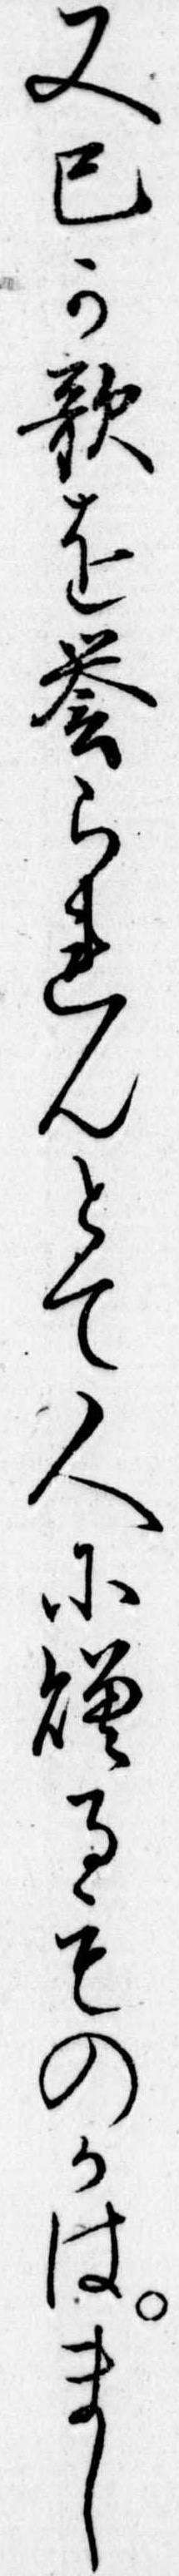
又己か歌を誉られんとて人に贈るものかはまし